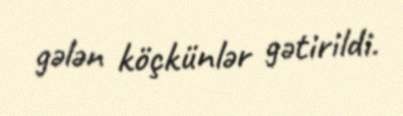
gələn köçkünlər gətirildi.